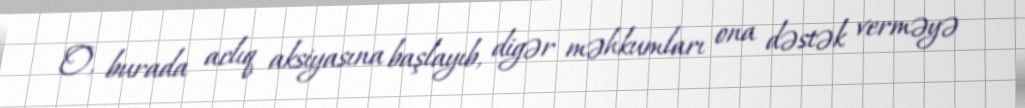
O, burada aclıq aksiyasına başlayıb, digər məhkumları ona dəstək verməyə